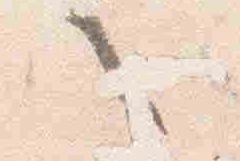
之